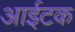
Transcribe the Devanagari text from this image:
आईटक